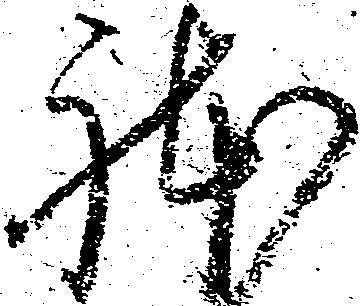
体